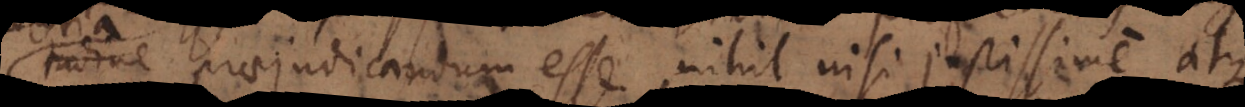
praejudicandum esse, nihil nisi justissime atque